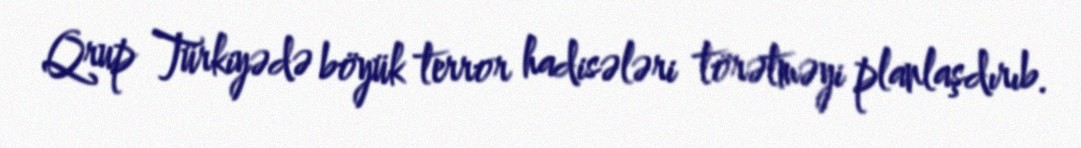
Qrup Türkiyədə böyük terror hadisələri törətməyi planlaşdırıb.